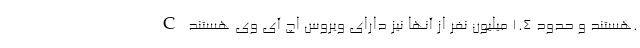
C هستند و حدود ۱.۴ میلیون نفر از آنها نیز دارای ویروس اچ آی وی هستند.